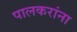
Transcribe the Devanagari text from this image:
पालकरांना